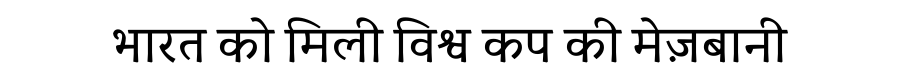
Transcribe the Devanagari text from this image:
भारत को मिली विश्व कप की मेज़बानी